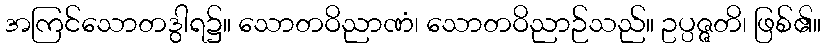
အကြင်သောတဒွါရ၌။ သောတဝိညာဏံ၊ သောတဝိညာဉ်သည်။ ဥပ္ပဇ္ဇတိ၊ ဖြစ်၏။